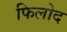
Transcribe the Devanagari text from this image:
फिलोद